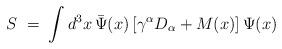
LaTeX: \begin{align*} S \;=\;\int d^3 x \, {\bar\Psi}(x)\,[\gamma^{\alpha}D_{\alpha} + M(x)]\,\Psi (x)\end{align*}